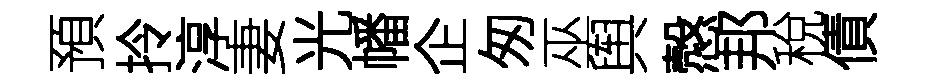
預拎淳妻光幡企匆巫舆慤邦稅債